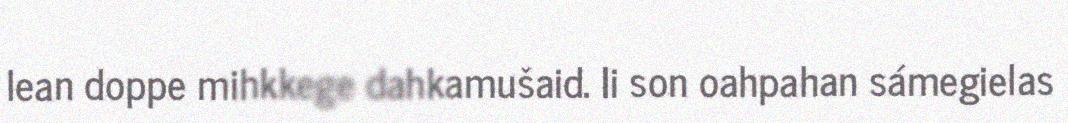
lean doppe mihkkege dahkamušaid. Ii son oahpahan sámegielas